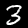
Label: 3